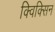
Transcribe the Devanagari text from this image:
क्विक्सिन